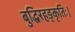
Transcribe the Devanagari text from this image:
बुद्धिरहङ्कृतिः।